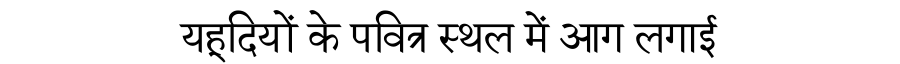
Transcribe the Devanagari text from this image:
यहूदियों के पवित्र स्थल में आग लगाई